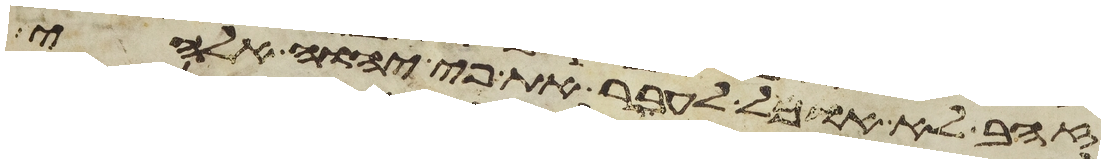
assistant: זהב לא אוכל אעבר את פי יהוה אלהי